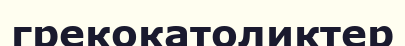
грекокатоликтер